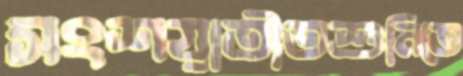
সংশয়াতীতশুনিতে